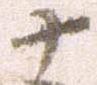
十